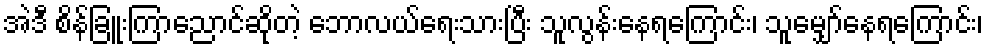
အဲဒီ စိန်ခြူးကြာညောင်ဆိုတဲ့ ဘောလယ်ရေးသားပြီး သူလွန်းနေရကြောင်း၊ သူမျှော်နေရကြောင်း၊